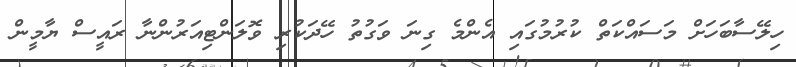
ހިލޭސާބަހަށް މަސައްކަތް ކުރުމުގައި އެންމެ ގިނަ ވަގުތު ހޭދަކުރި ވޮލަންޓިއަރުންނާ ރައީސް ޔާމީން